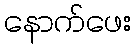
နောက်ဖေး